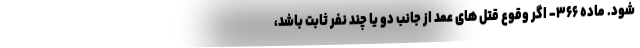
شود. ماده ۳۶۶- اگر وقوع قتل های عمد از جانب دو یا چند نفر ثابت باشد،